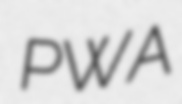
PWA